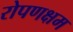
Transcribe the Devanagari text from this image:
रोपणक्षम